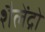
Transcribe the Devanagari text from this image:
शैलेंद्रो